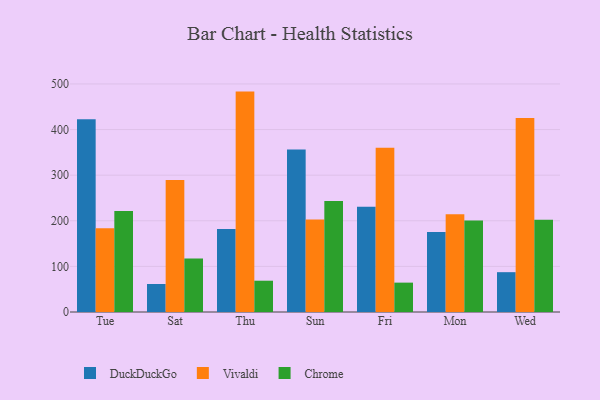
{"axis": {"x": "Day", "y": "Net Income (USD K)"}, "legend": ["Chrome", "DuckDuckGo", "Vivaldi"], "data": [{"x": "Tue", "y": 422.4, "type": "DuckDuckGo"}, {"x": "Tue", "y": 183.4, "type": "Vivaldi"}, {"x": "Tue", "y": 221.3, "type": "Chrome"}, {"x": "Sat", "y": 61.4, "type": "DuckDuckGo"}, {"x": "Sat", "y": 289.3, "type": "Vivaldi"}, {"x": "Sat", "y": 117.3, "type": "Chrome"}, {"x": "Thu", "y": 181.7, "type": "DuckDuckGo"}, {"x": "Thu", "y": 483.2, "type": "Vivaldi"}, {"x": "Thu", "y": 68.6, "type": "Chrome"}, {"x": "Sun", "y": 356.2, "type": "DuckDuckGo"}, {"x": "Sun", "y": 202.6, "type": "Vivaldi"}, {"x": "Sun", "y": 243.2, "type": "Chrome"}, {"x": "Fri", "y": 230.7, "type": "DuckDuckGo"}, {"x": "Fri", "y": 359.9, "type": "Vivaldi"}, {"x": "Fri", "y": 64.4, "type": "Chrome"}, {"x": "Mon", "y": 175.6, "type": "DuckDuckGo"}, {"x": "Mon", "y": 214.3, "type": "Vivaldi"}, {"x": "Mon", "y": 200.5, "type": "Chrome"}, {"x": "Wed", "y": 87.3, "type": "DuckDuckGo"}, {"x": "Wed", "y": 425.4, "type": "Vivaldi"}, {"x": "Wed", "y": 202.5, "type": "Chrome"}]}